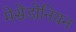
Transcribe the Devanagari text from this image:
मेसेडोनियन